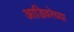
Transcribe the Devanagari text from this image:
आडिवरेच्या